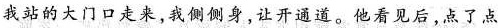
我站的大门口走来，我侧侧身让开通道。他看见后点了点